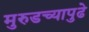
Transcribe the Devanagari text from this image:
मुरुडच्यापुढे